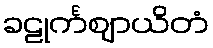
ခဠုင်္ကဈာယိတံ